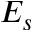
E _ { s }